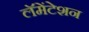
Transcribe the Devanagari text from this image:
लॅमेंटेशन